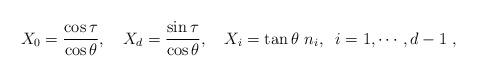
LaTeX: \begin{align*}X_0= {\cos \tau\over \cos \theta},\quad X_d = {\sin\tau \over \cos\theta}, \quad X_i = \tan\theta\,\, n_i ,\;\; i=1,\cdots , d-1\ ,\end{align*}